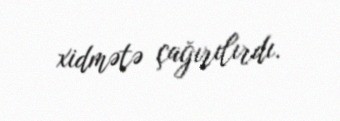
xidmətə çağırılırdı.